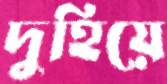
দুহিয়ে